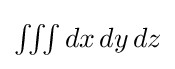
{\textstyle \iiint dx\,dy\,dz}